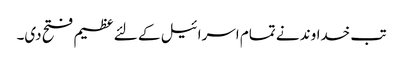
تب خداوند نے تمام اسرا ئیل کے لئے عظیم فتح دی۔